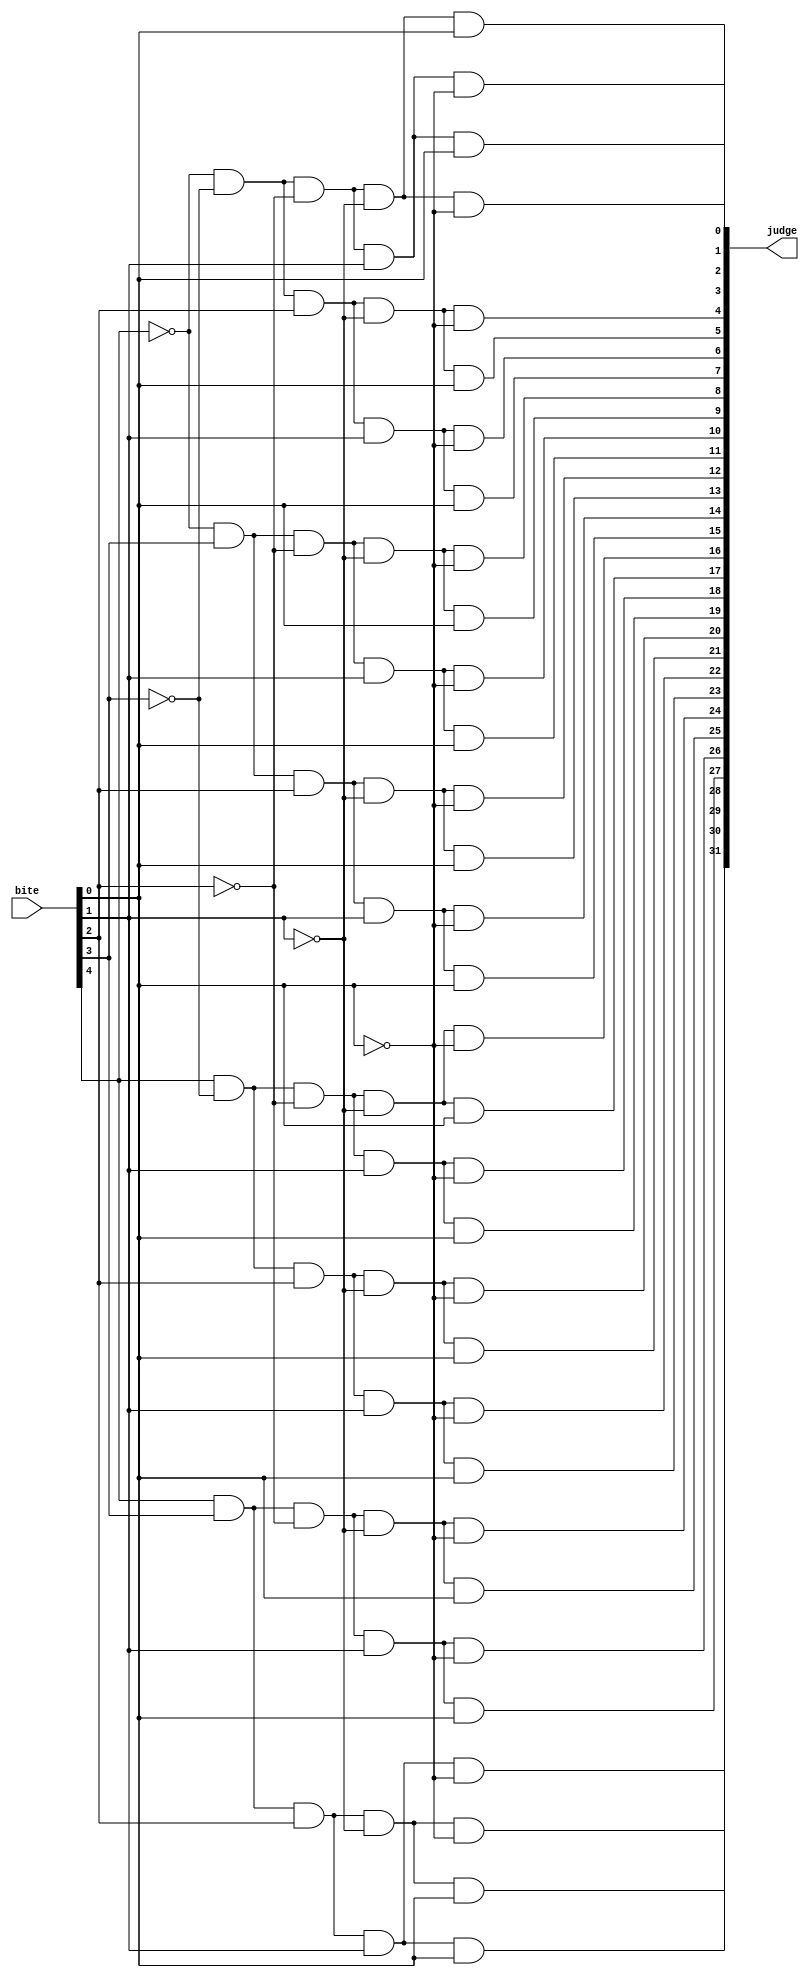
module Cut_decoder (
    input [4:0] bite,
    output [31:0] judge
);
///bite
wire [4:0] Nbite;
not (Nbite[0],bite[0]);
not (Nbite[1],bite[1]);
not (Nbite[2],bite[2]);
not (Nbite[3],bite[3]);
not (Nbite[4],bite[4]);

///bite32
wire [31:0] judge;
and (judge[0],Nbite[4],Nbite[3],Nbite[2],Nbite[1],Nbite[0]);
and (judge[1],Nbite[4],Nbite[3],Nbite[2],Nbite[1],bite[0]);
and (judge[2],Nbite[4],Nbite[3],Nbite[2],bite[1],Nbite[0]);
and (judge[3],Nbite[4],Nbite[3],Nbite[2],bite[1],bite[0]);
and (judge[4],Nbite[4],Nbite[3],bite[2],Nbite[1],Nbite[0]);
and (judge[5],Nbite[4],Nbite[3],bite[2],Nbite[1],bite[0]);
and (judge[6],Nbite[4],Nbite[3],bite[2],bite[1],Nbite[0]);
and (judge[7],Nbite[4],Nbite[3],bite[2],bite[1],bite[0]);
and (judge[8],Nbite[4],bite[3],Nbite[2],Nbite[1],Nbite[0]);
and (judge[9],Nbite[4],bite[3],Nbite[2],Nbite[1],bite[0]);
and (judge[10],Nbite[4],bite[3],Nbite[2],bite[1],Nbite[0]);
and (judge[11],Nbite[4],bite[3],Nbite[2],bite[1],bite[0]);
and (judge[12],Nbite[4],bite[3],bite[2],Nbite[1],Nbite[0]);
and (judge[13],Nbite[4],bite[3],bite[2],Nbite[1],bite[0]);
and (judge[14],Nbite[4],bite[3],bite[2],bite[1],Nbite[0]);
and (judge[15],Nbite[4],bite[3],bite[2],bite[1],bite[0]);
and (judge[16],bite[4],Nbite[3],Nbite[2],Nbite[1],Nbite[0]);
and (judge[17],bite[4],Nbite[3],Nbite[2],Nbite[1],bite[0]);
and (judge[18],bite[4],Nbite[3],Nbite[2],bite[1],Nbite[0]);
and (judge[19],bite[4],Nbite[3],Nbite[2],bite[1],bite[0]);
and (judge[20],bite[4],Nbite[3],bite[2],Nbite[1],Nbite[0]);
and (judge[21],bite[4],Nbite[3],bite[2],Nbite[1],bite[0]);
and (judge[22],bite[4],Nbite[3],bite[2],bite[1],Nbite[0]);
and (judge[23],bite[4],Nbite[3],bite[2],bite[1],bite[0]);
and (judge[24],bite[4],bite[3],Nbite[2],Nbite[1],Nbite[0]);
and (judge[25],bite[4],bite[3],Nbite[2],Nbite[1],bite[0]);
and (judge[26],bite[4],bite[3],Nbite[2],bite[1],Nbite[0]);
and (judge[27],bite[4],bite[3],Nbite[2],bite[1],bite[0]);
and (judge[28],bite[4],bite[3],bite[2],Nbite[1],Nbite[0]);
and (judge[29],bite[4],bite[3],bite[2],Nbite[1],bite[0]);
and (judge[30],bite[4],bite[3],bite[2],bite[1],Nbite[0]);
and (judge[31],bite[4],bite[3],bite[2],bite[1],bite[0]); 
endmodule